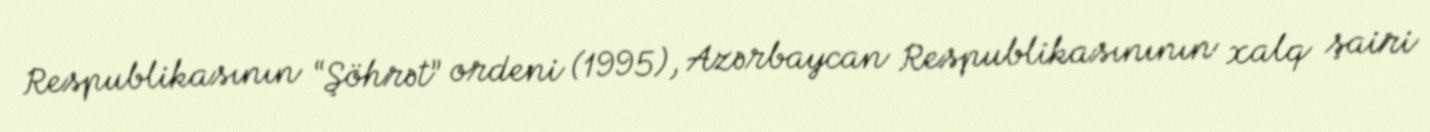
Respublikasının “Şöhrət” ordeni (1995), Azərbaycan Respublikasınının xalq şairi